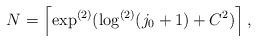
LaTeX: \begin{align*}N=\left\lceil \exp^{(2)}(\log^{(2)}(j_{0}+1)+C^{2})\right\rceil,\end{align*}